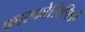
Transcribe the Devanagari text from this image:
फास्फोलिपिडों